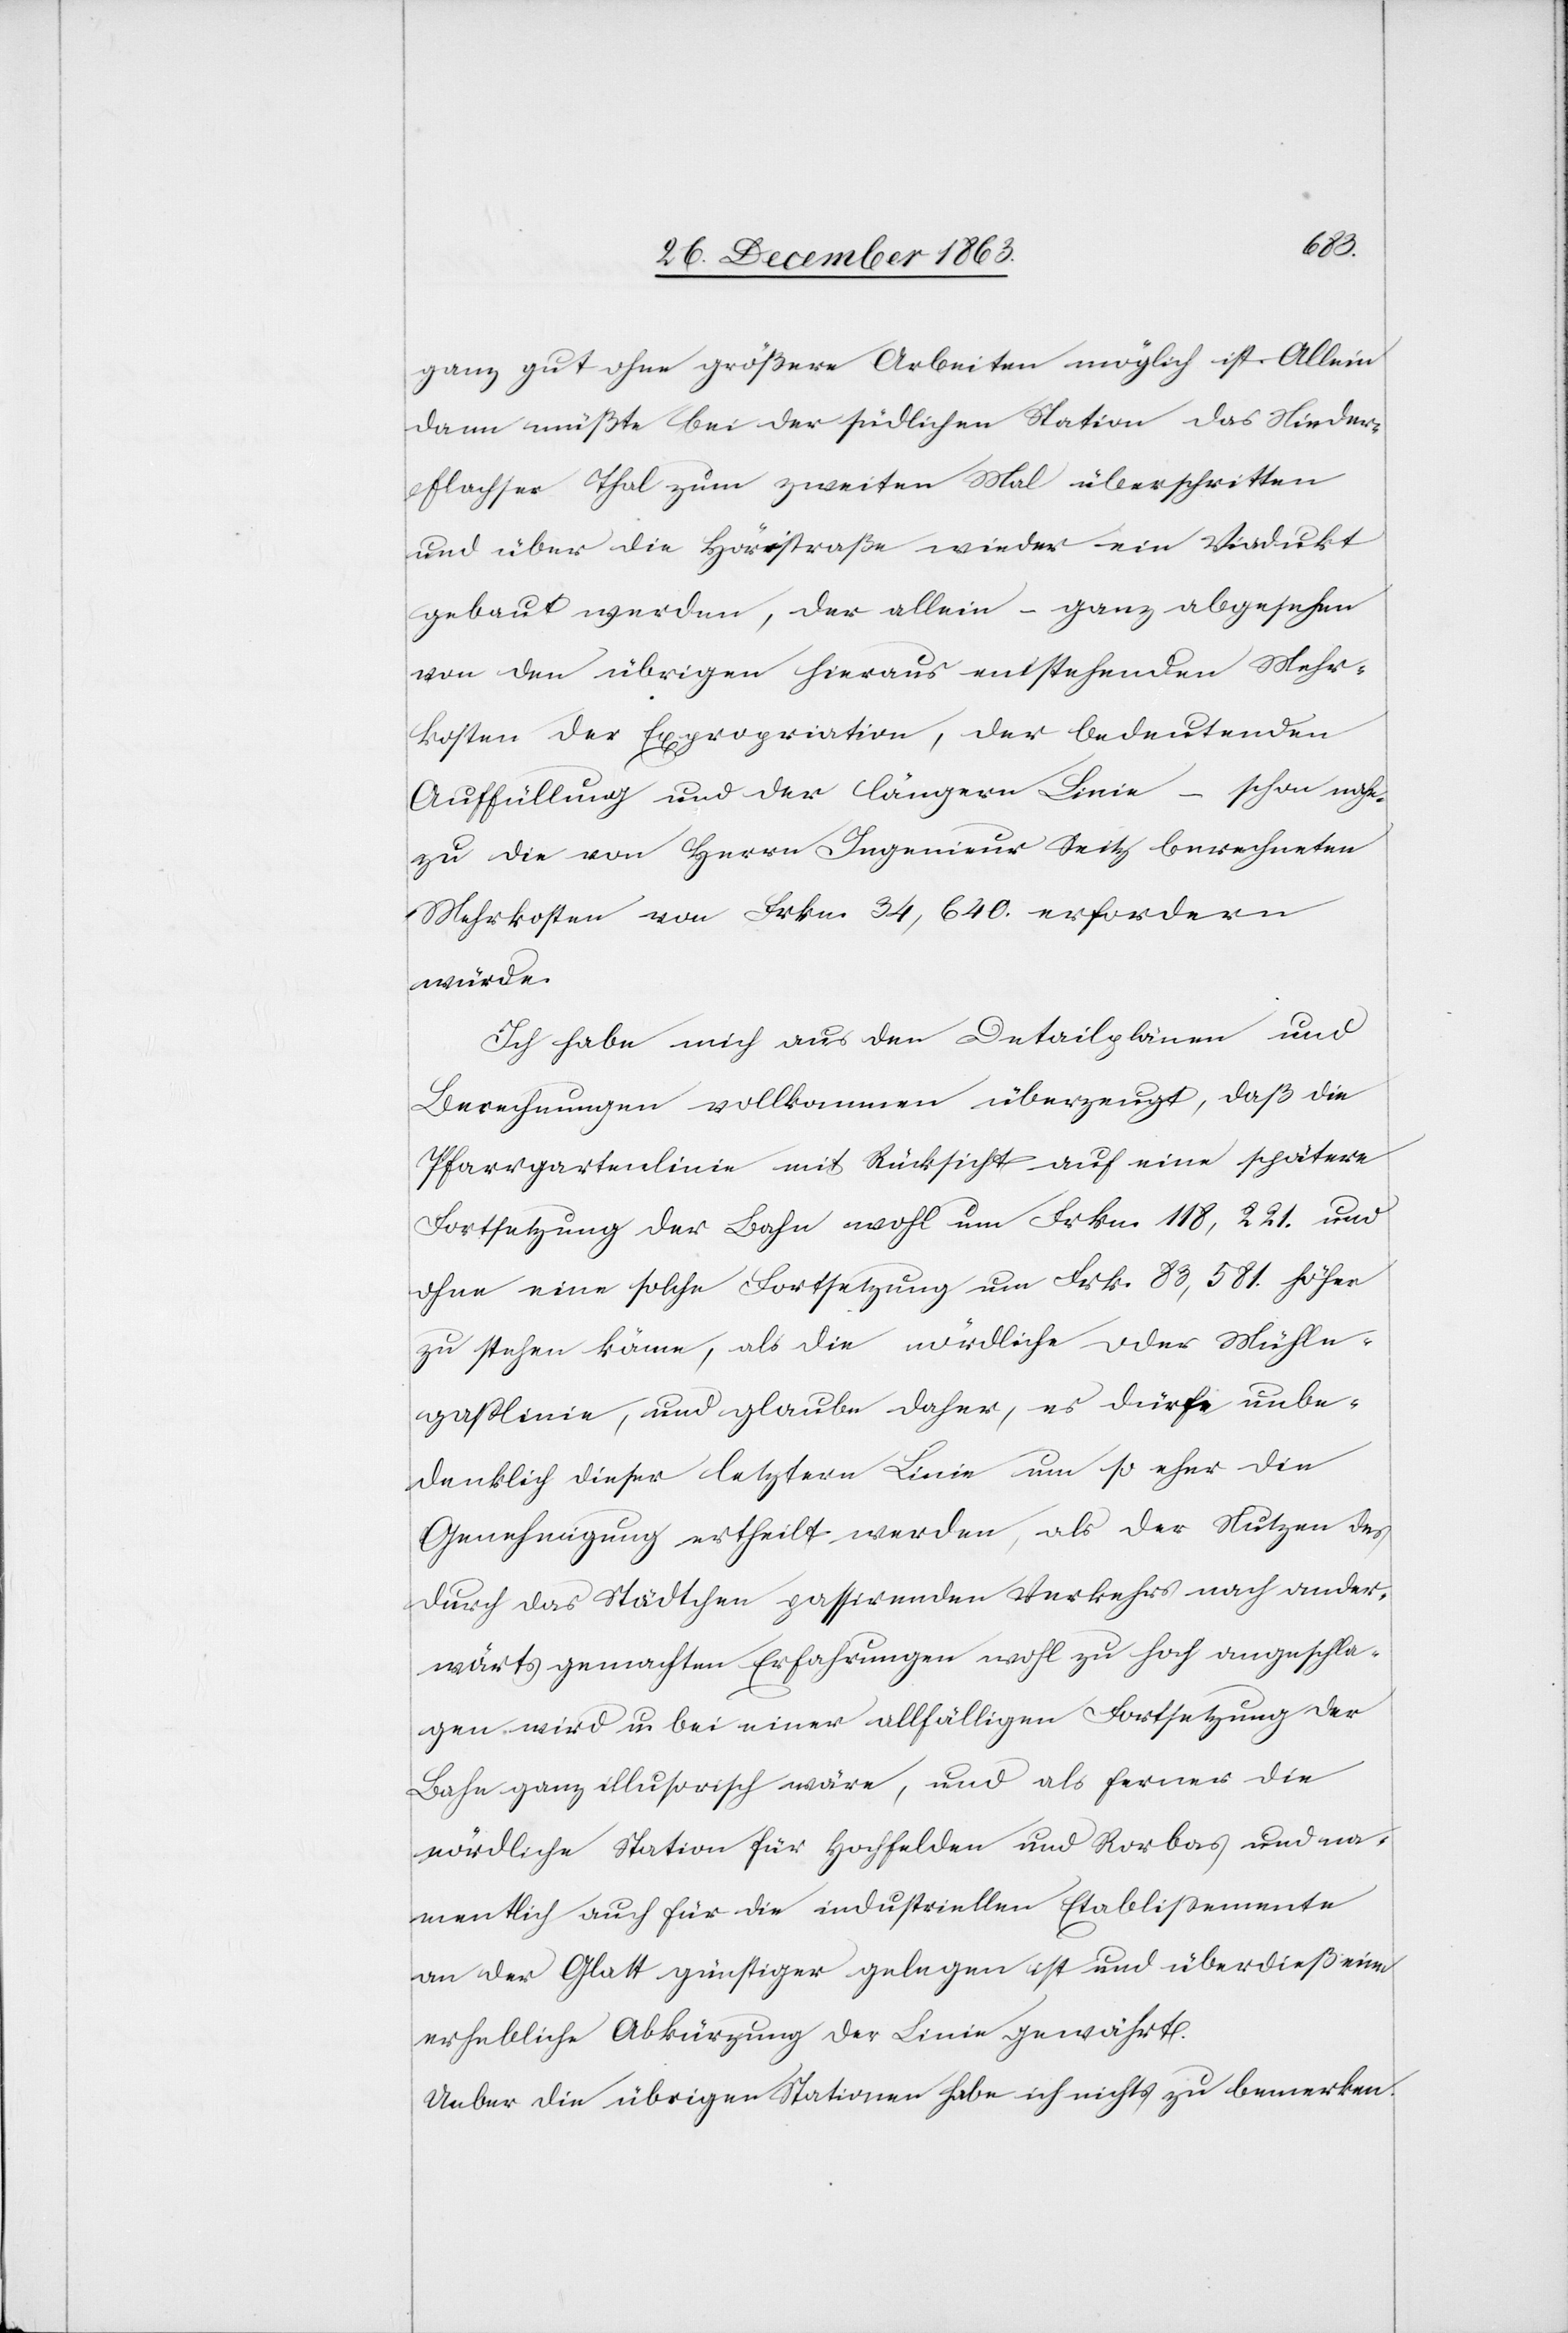
ganz gut ohne größere Arbeiten möglich ist. Allein
dann müßte bei der südlichen Station das Nieder¬
flachser Thal zum zweiten Mal überschritten
und über die Höristraße wieder ein Viadukt
gebaut werden, der allein – ganz abgesehen
von den übrigen hieraus entstehenden Mehr¬
kosten der Expropriation, der bedeutenden
Auffüllung und der längern Linie – schon nahe¬
zu die von Herrn Ingenieur Seitz berechneten
Mehrkosten von Frkn. 34,640. erfordern
würde.
Ich habe mich aus den Detailplänen und
Berechnungen vollkommen überzeugt, daß die
Pfarrgartenlinie mit Rücksicht auf eine spätere
Fortsetzung der Bahn wohl um Frkn. 118,221. und
ohne eine solche Fortsetzung um Frkn. 83,581. höher
zu stehen käme, als die nördliche oder Mühle¬
gasslinie, und glaube daher, es dürfe unbe¬
denklich dieser letztern Linie um so eher die
Genehmigung ertheilt werden, als der Nutzen des
durch das Städtchen passirenden Verkehrs nach ander¬
wärts gemachten Erfahrungen wohl zu hoch angeschla¬
gen wird u. bei einer allfälligen Fortsetzung der
Bahn ganz illusorisch wäre, und als ferner die
nördliche Station für Hochfelden und Rorbas und na¬
mentlich auch für die industriellen Etablissemente
an der Glatt günstiger gelegen ist und überdieß eine
erhebliche Abkürzung der Linie gewährt.
Ueber die übrigen Stationen habe ich nichts zu bemerken.